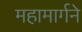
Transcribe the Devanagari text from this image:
महामार्गने